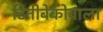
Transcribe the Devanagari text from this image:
टिनीबेकोवाला